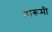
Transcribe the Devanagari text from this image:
हारूमी